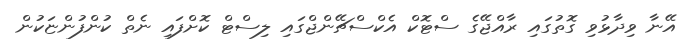
އޭނާ ވިދާޅުވި ގޮތުގައި ރާއްޖޭގެ ސްޓޮކް އެކްސްޗޭންޖްގައި ލިސްޓް ކޮށްފައި ނެތް ކުންފުންޏަކުން